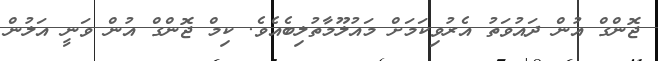
ޖޮންގް އުން ދައުވަތު އެރުވިކަމަށް މައުލޫމާތުލިބެއެވެ. ކިމް ޖޮންގް އުން ވަނީ އަލުން